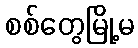
စစ်တွေမြို့မ